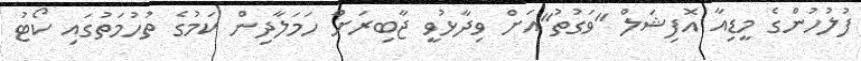
ފުލުހުންގެ މީޑިއާ އޮފިޝަލް "ވަގުތު"އަށް ވިދާޅުވީ ޖާބިރަށް ހަމަލާދިން ކަމުގެ ތުހުމަތުގައި ކޯޓު